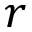
r